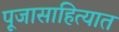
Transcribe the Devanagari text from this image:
पूजासाहित्यात